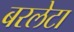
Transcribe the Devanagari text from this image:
बरलेटा